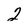
Character: 2